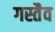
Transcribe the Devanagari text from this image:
गस्तैव